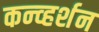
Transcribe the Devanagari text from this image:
कन्व्हर्शन